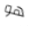
هو